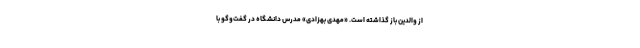
از والدین باز گذاشته است. «مهدی بهزادی» مدرس دانشگاه در گفت‌وگو با